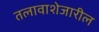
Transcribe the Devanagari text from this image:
तलावाशेजारील